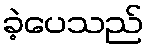
ခဲ့ပေသည်